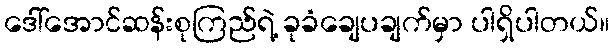
ဒေါ်အောင်ဆန်းစုကြည်ရဲ့ ခုခံချေပချက်မှာ ပါရှိပါတယ်။